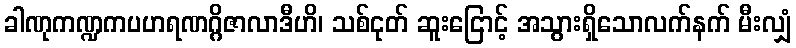
ခါဏုကဏ္ဍကပဟရဏဂ္ဂိဇာလာဒီဟိ၊ သစ်ငုတ် ဆူးငြောင့် အသွားရှိသောလက်နက် မီးလျှံ